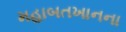
મહાબતખાનના